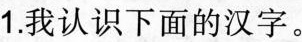
1.我认识下面的汉字